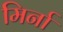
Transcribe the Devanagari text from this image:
मिर्ना